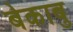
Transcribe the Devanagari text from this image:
बेकाबु